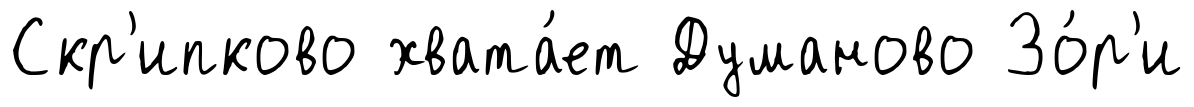
Скр'ипково хвата́ет Думаново Зо́р'и